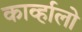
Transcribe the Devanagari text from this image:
काव्‍र्हालो